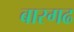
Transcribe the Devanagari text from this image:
बारगढ